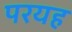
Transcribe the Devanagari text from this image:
परयह